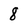
Character: 8